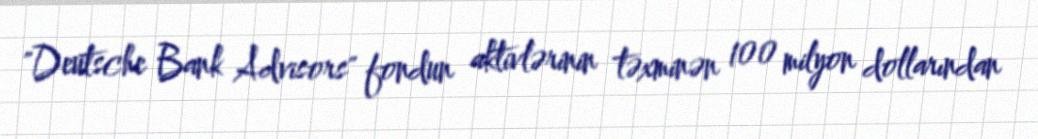
"Deutsche Bank Advisors" fondun aktivlərinin təxminən 100 milyon dollarından